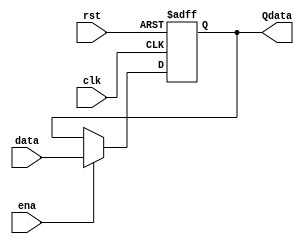
module Registro(
	input 		clk,rst,ena,
	input [7:0] data,
	output reg [7:0] Qdata
);

always@(posedge clk or negedge rst)
begin
	if(!rst)
		Qdata<=8'd0;	//8'h00  //8'b0000_0000
	else
		if(ena)
			Qdata<=data;
end
endmodule